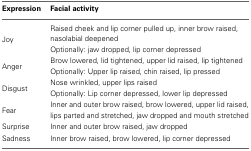
<table><thead><tr><td><b>Expression</b></td><td><b>Facial activity</b></td></tr></thead><tbody><tr><td rowspan="2">Joy</td><td>Raised cheek and lip corner pulled up, inner brow raised, nasolabial deepened</td></tr><tr><td>Optionally: jaw dropped, lip corner depressed</td></tr><tr><td rowspan="2">Anger</td><td>Brow lowered, lid tightened, upper lid raised, lip tightened</td></tr><tr><td>Optionally: Upper lip raised, chin raised, lip pressed</td></tr><tr><td rowspan="2">Disgust</td><td>Nose wrinkled, upper lips raised</td></tr><tr><td>Optionally: Lip corner depressed, lower lip depressed</td></tr><tr><td>Fear</td><td>Inner and outer brow raised, brow lowered, upper lid raised, lips parted and stretched, jaw dropped and mouth stretched</td></tr><tr><td>Surprise</td><td>Inner and outer brow raised, jaw dropped</td></tr><tr><td>Sadness</td><td>Inner brow raised, brow lowered, lip corner depressed</td></tr></tbody></table>